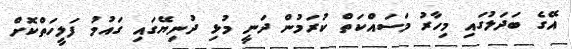
އޭގެ ބަދަލުގައި މިހާރު މަސައްކަތް ކުރަމުން ދަނީ މުޅި ދުނިޔޭގައި ގައުމު ފަލީހަތްކޮށް